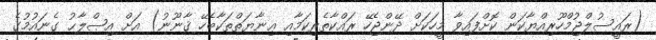
(ރައީސުލްޖުމްހޫރިއްޔާކަން ކޮށްފައިވާ މީހަކަށް ދޭންޖެހޭ ރައްކާތެރިކަމާއި ޢިނާޔަތްތަކާބެހޭ ޤާނޫނު) އަށް އިޞްލާޙު ގެނައުމުގެ